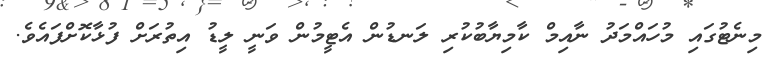
މިނެޓުގައި މުހައްމަދު ނާއިމް ކާމިޔާބުކުރި ލަނޑުން އެޓީމުން ވަނީ ލީޑު އިތުރަށް ފުޅާކޮށްފައެވެ.